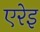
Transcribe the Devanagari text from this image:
एरेइ